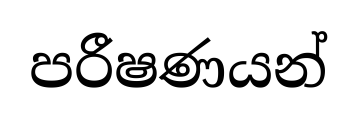
පරීෂණයන්